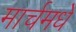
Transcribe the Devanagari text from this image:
मार्चमधे